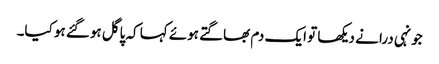
جونہی درا نے دیکھا تو ایک دم بھاگتے ہوئے کہا کہ پاگل ہوگئے ہو کیا۔